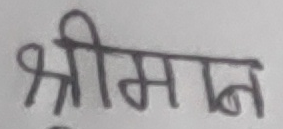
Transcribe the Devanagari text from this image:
श्रीमान